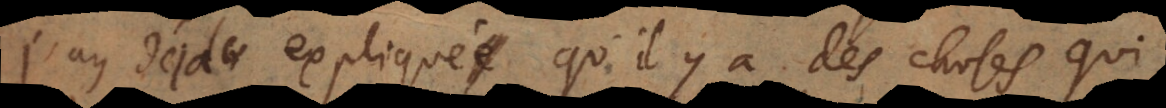
J’ay déja expliqué qu’il y a des choses qui